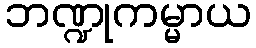
ဘဏ္ဍုကမ္မာယ